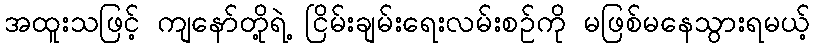
အထူးသဖြင့် ကျနော်တို့ရဲ့ ငြိမ်းချမ်းရေးလမ်းစဉ်ကို မဖြစ်မနေသွားရမယ့်